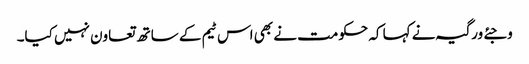
وجئے ورگیہ نے کہا کہ حکومت نے بھی اس ٹیم کے ساتھ تعاون نہیں کیا۔